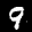
Label: 9